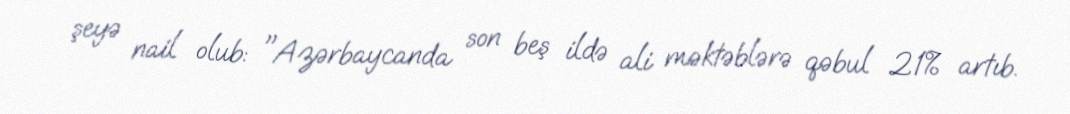
şeyə nail olub: "Azərbaycanda son beş ildə ali məktəblərə qəbul 21% artıb.